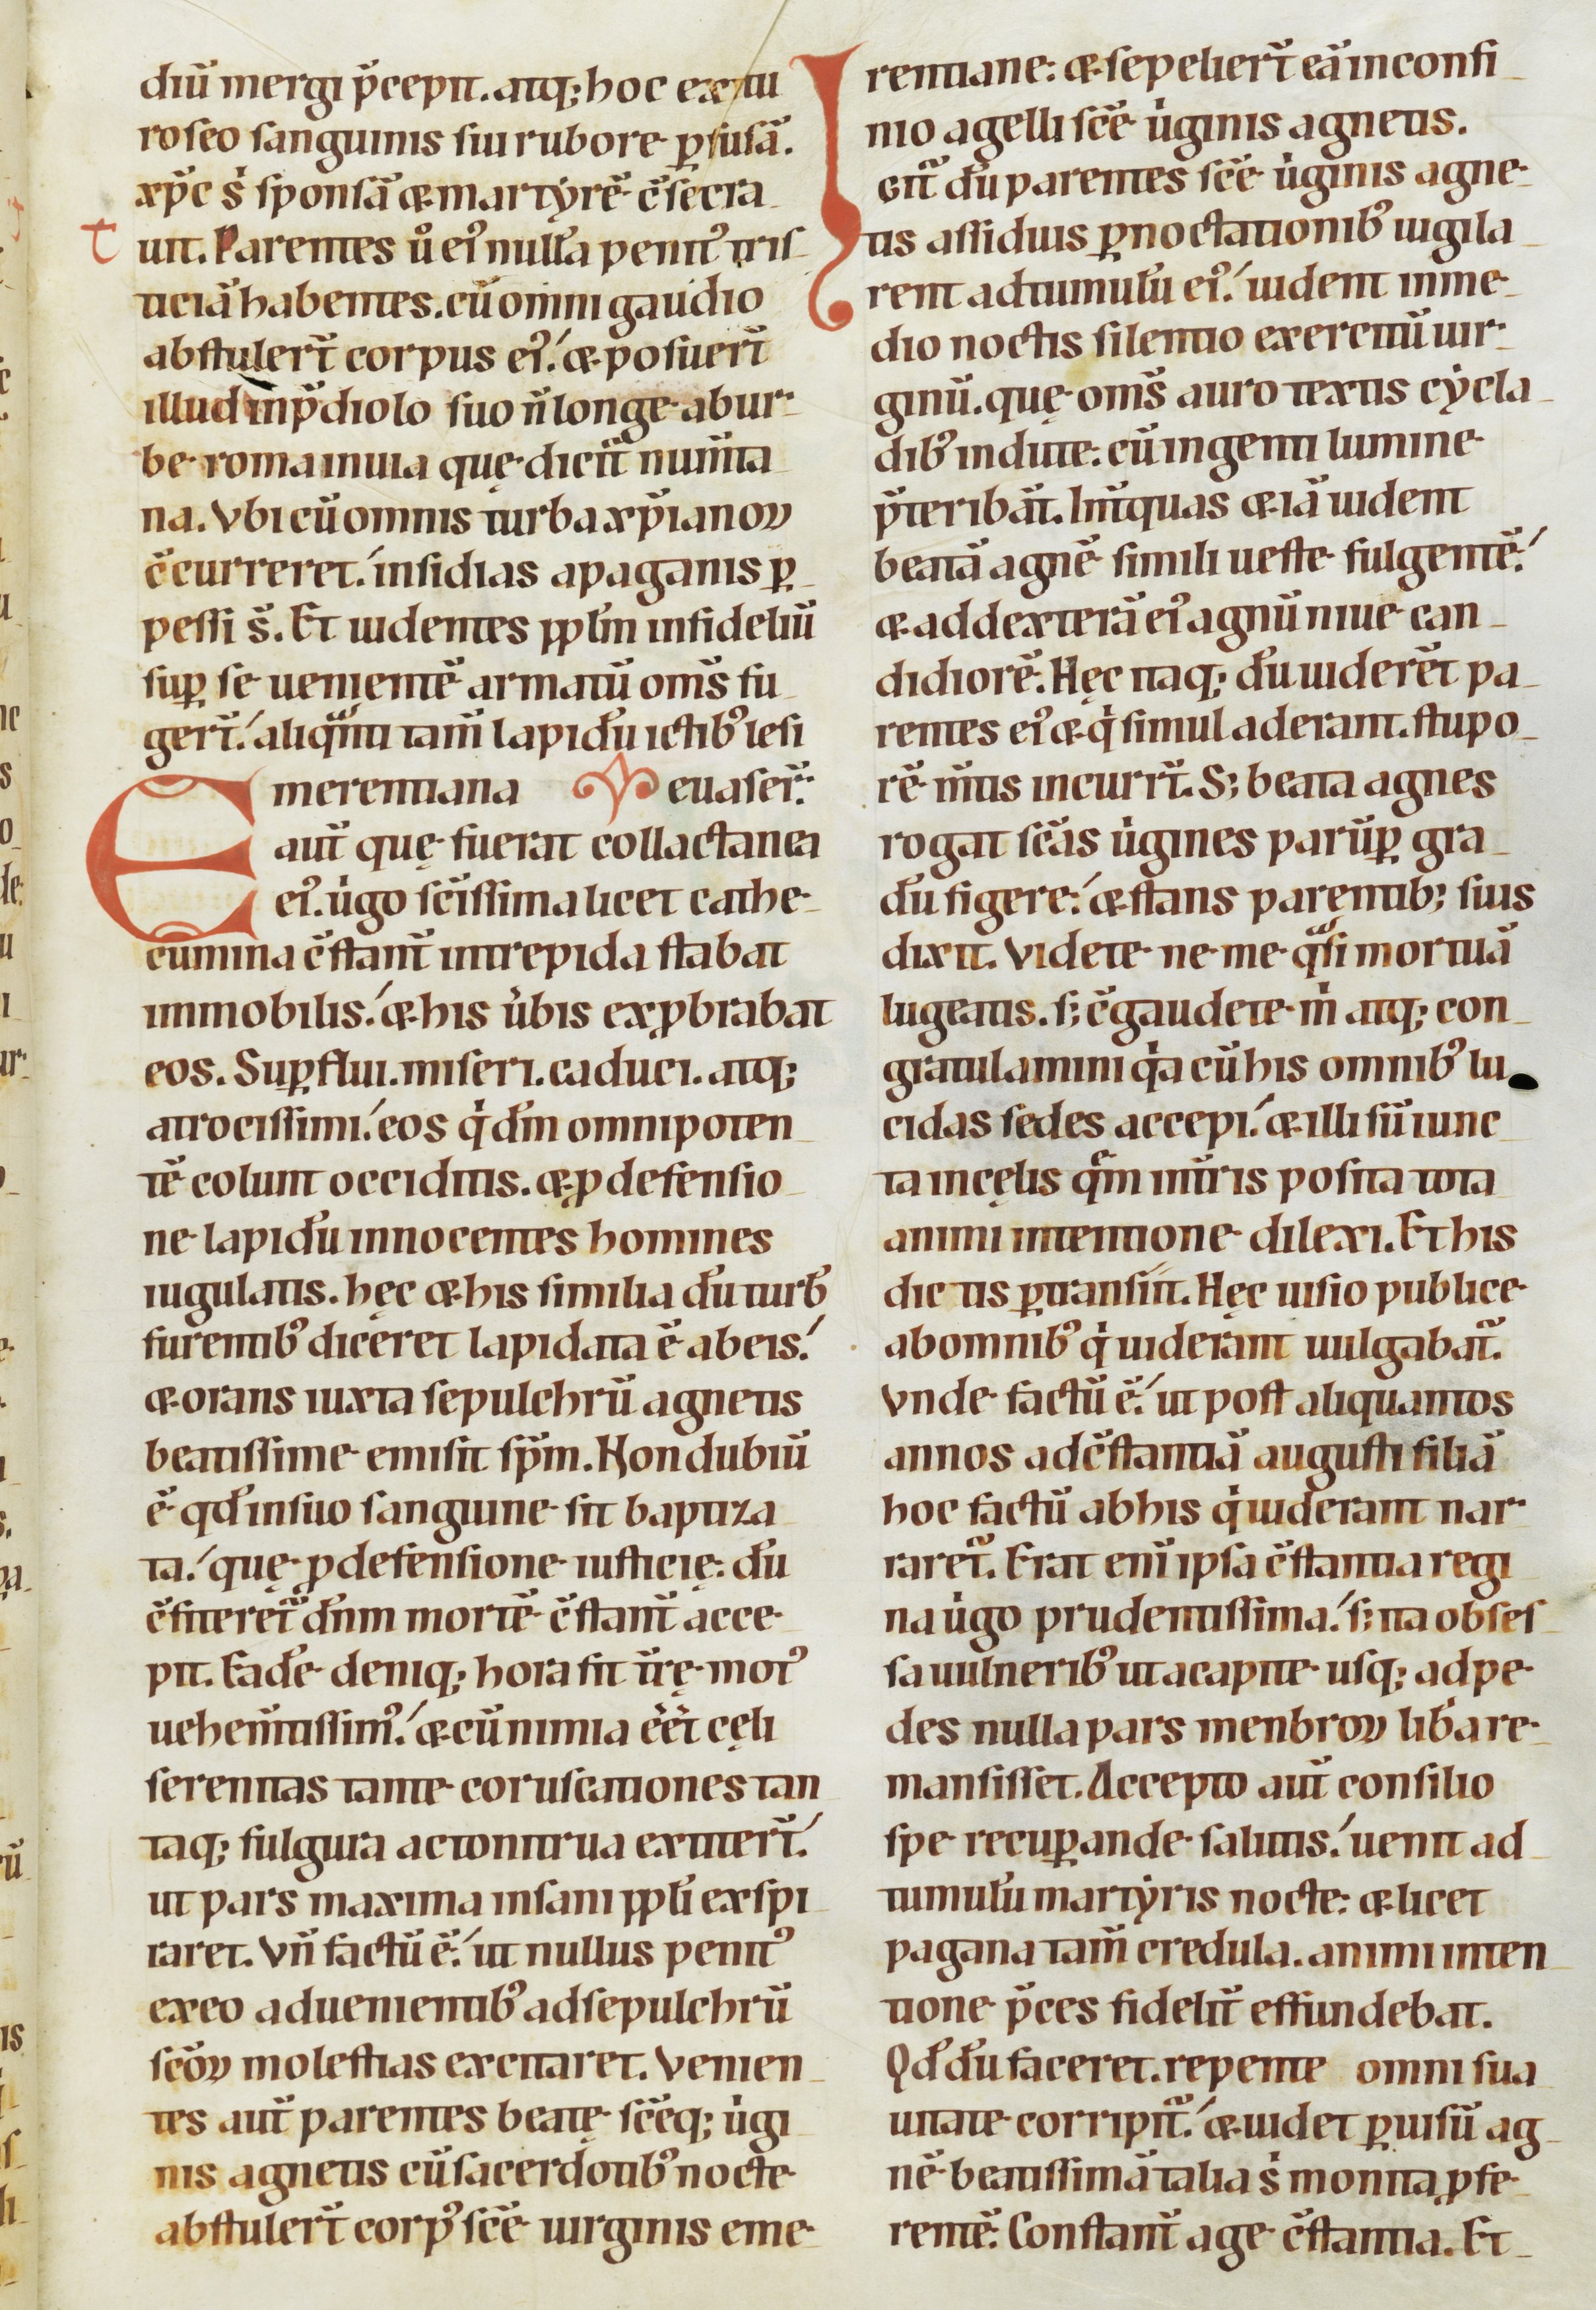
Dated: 1100–1199